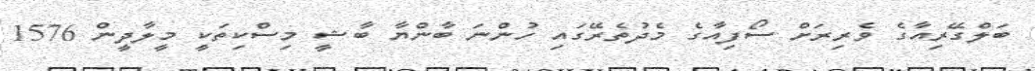
ބަލްގޭރިއާގެ ވެރިރަށް ސޯފިއާގެ މެދުތެރޭގައި ހުންނަ ބާންޔާ ބާޝީ މިސްކިތަކީ މީލާދީން 1576